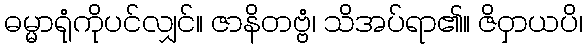
ဓမ္မာရုံကိုပင်လျှင်။ ဇာနိတဗ္ဗံ၊ သိအပ်ရာ၏။ ဇိဝှာယပိ၊